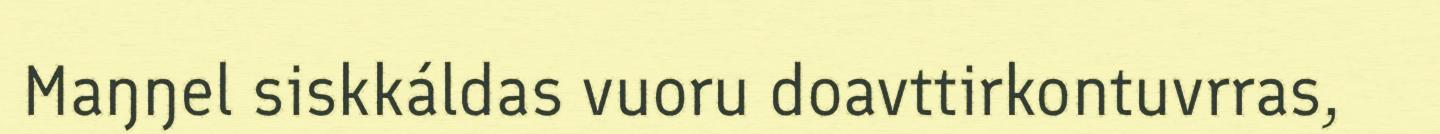
Maŋŋel siskkáldas vuoru doavttirkontuvrras,